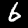
Digit: 6